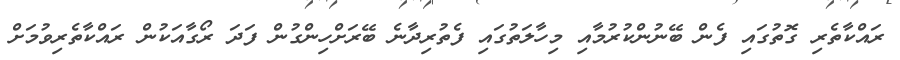
ރައްކާތެރި ގޮތުގައި ފެން ބޭނުންކުރުމާއި މިހާލަތުގައި ފެތުރިދާނެ ބޭރަށްހިންގުން ފަދަ ރޯގާއަކުން ރައްކާތެރިވުމަށް